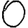
Digit: 0